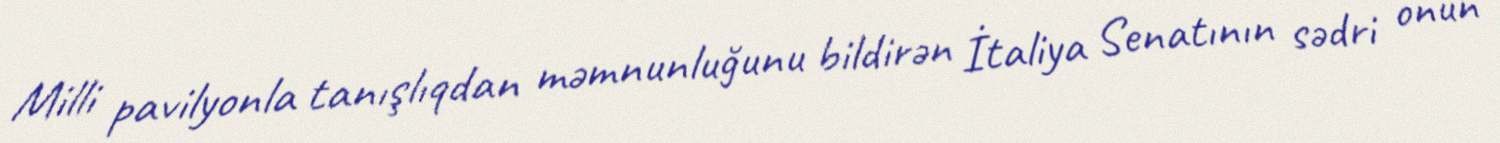
Milli pavilyonla tanışlıqdan məmnunluğunu bildirən İtaliya Senatının sədri onun